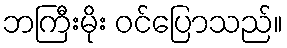
ဘကြီးမိုး ဝင်ပြောသည်။